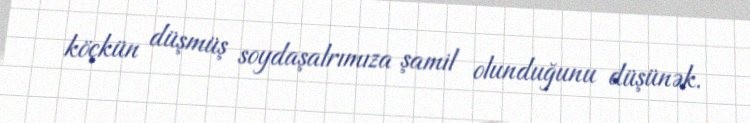
köçkün düşmüş soydaşalrımıza şamil olunduğunu düşünək.